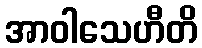
အာဝါသေဟီတိ